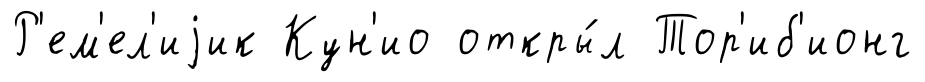
Р'ем'ел'иjик Кун'ио откры́л Тор'иб'ионг